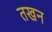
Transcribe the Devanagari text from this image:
तखन